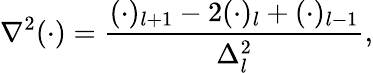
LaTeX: \nabla^{2}(\cdot)=\frac{(\cdot)_{l+1}-2(\cdot)_{l}+(\cdot)_{l-1}}{\Delta_{l}^{2}},